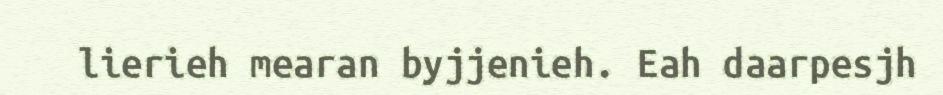
lierieh mearan byjjenieh. Eah daarpesjh